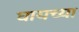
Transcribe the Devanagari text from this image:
घायच्या